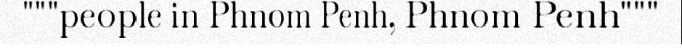
"""people in Phnom Penh, Phnom Penh"""